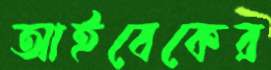
আইবেকের